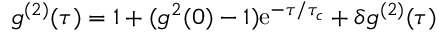
g ^ { ( 2 ) } ( \tau ) = 1 + ( g ^ { 2 } ( 0 ) - 1 ) \mathrm { e } ^ { - \tau / \tau _ { c } } + \delta g ^ { ( 2 ) } ( \tau )